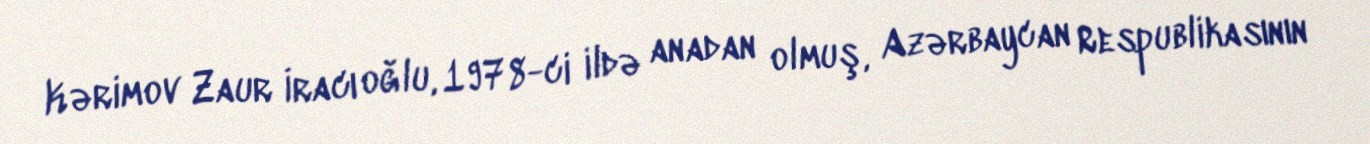
Kərimov Zaur İracı oğlu, 1978-ci ildə anadan olmuş, Azərbaycan Respublikasının